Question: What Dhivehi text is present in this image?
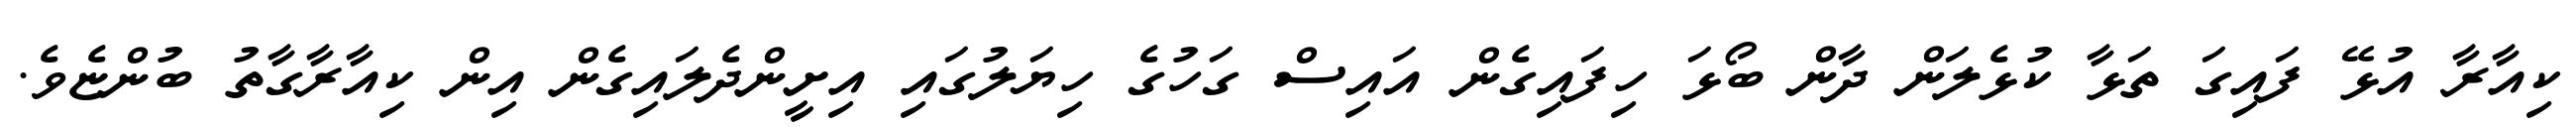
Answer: ކިއާރާ އުޅޭ ފައިގަ ތަޅާ ކުޅެލަން ދާން ބޯޅަ ހިފައިގެން އައިސް ގަހުގެ ހިޔަލުގައި އިށީންދެލައިގެން އިން ކިއާރާގާތު ބުންޏެވެ.